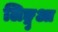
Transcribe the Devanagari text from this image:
लिङ्गुआ